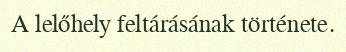
A lelőhely feltárásának története.